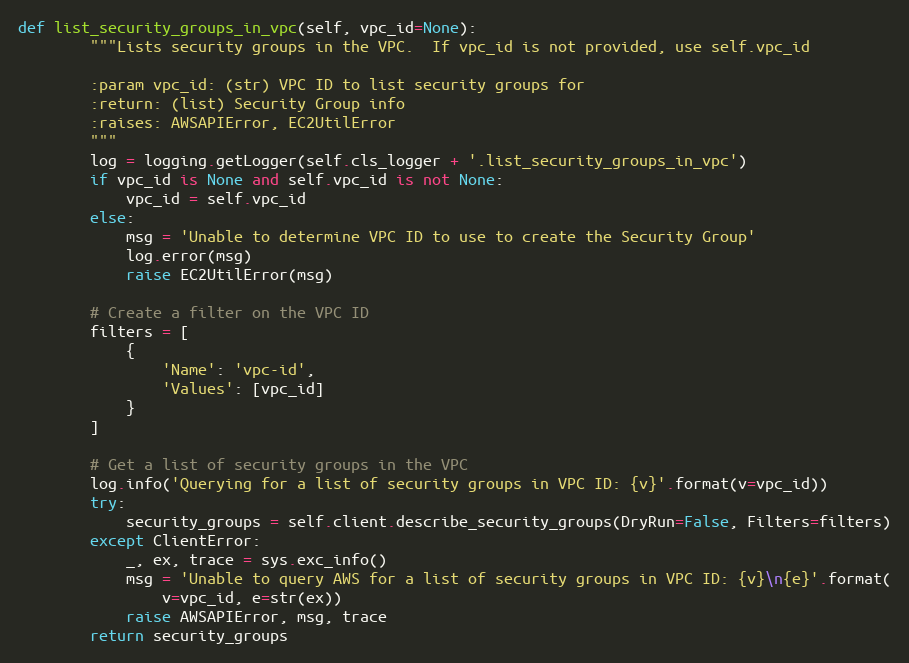
Language: Python
def list_security_groups_in_vpc(self, vpc_id=None):
        """Lists security groups in the VPC.  If vpc_id is not provided, use self.vpc_id

        :param vpc_id: (str) VPC ID to list security groups for
        :return: (list) Security Group info
        :raises: AWSAPIError, EC2UtilError
        """
        log = logging.getLogger(self.cls_logger + '.list_security_groups_in_vpc')
        if vpc_id is None and self.vpc_id is not None:
            vpc_id = self.vpc_id
        else:
            msg = 'Unable to determine VPC ID to use to create the Security Group'
            log.error(msg)
            raise EC2UtilError(msg)

        # Create a filter on the VPC ID
        filters = [
            {
                'Name': 'vpc-id',
                'Values': [vpc_id]
            }
        ]

        # Get a list of security groups in the VPC
        log.info('Querying for a list of security groups in VPC ID: {v}'.format(v=vpc_id))
        try:
            security_groups = self.client.describe_security_groups(DryRun=False, Filters=filters)
        except ClientError:
            _, ex, trace = sys.exc_info()
            msg = 'Unable to query AWS for a list of security groups in VPC ID: {v}\n{e}'.format(
                v=vpc_id, e=str(ex))
            raise AWSAPIError, msg, trace
        return security_groups